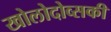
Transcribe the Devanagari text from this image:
खोलोदोव्सकी